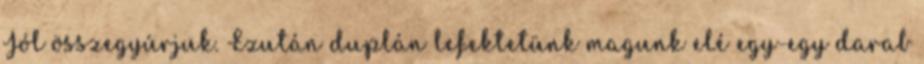
Jól összegyúrjuk. Ezután duplán lefektetünk magunk elé egy-egy darab